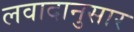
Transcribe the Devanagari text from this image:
लवादानुसार